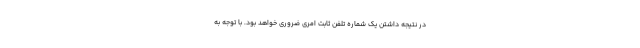
در نتیجه داشتن یک شماره تلفن ثابت امری ضروری خواهد بود. با توجه به